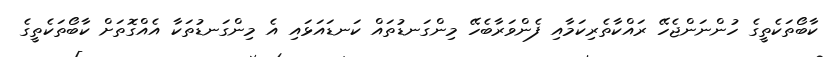
ކާބޯތަކެތީގެ ހުންނަންޖެހޭ ރައްކާތެރިކަމާއި ފެންވަރާބެހޭ މިންގަނޑުތައް ކަނޑައަޅައި އެ މިންގަނޑުތަކާ އެއްގޮތަށް ކާބޯތަކެތީގެ